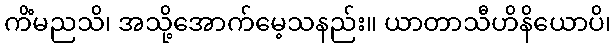
ကိံမညသိ၊ အသို့အောက်မေ့သနည်း။ ယာတာသီဟိနိယောပိ၊